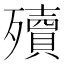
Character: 殰